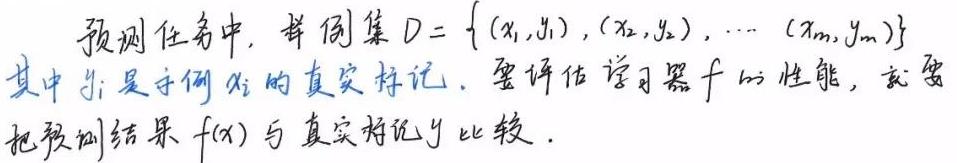
预测任务中, 样本集 $D = \{ (x_1, y_1), (x_2, y_2), \cdots (x_m, y_m) \}$ 其中 $y_i$ 是示例 $x_i$ 的真实标记. 要评估学习器 $f$ 的性能, 就要把预测结果 $f(x)$ 与真实标记 $y$ 比较.